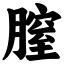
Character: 膣